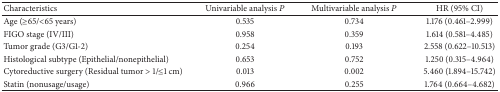
<table><thead><tr><td><b>Characteristics</b></td><td><b>Univariable analysis <i>P</i></b></td><td><b>Multivariable analysis <i>P</i></b></td><td><b>HR (95% CI)</b></td></tr></thead><tbody><tr><td>Age (≥65/&lt;65 years)</td><td>0.535</td><td>0.734</td><td>1.176 (0.461–2.999)</td></tr><tr><td>FIGO stage (IV/III)</td><td>0.958</td><td>0.359</td><td>1.614 (0.581–4.485)</td></tr><tr><td>Tumor grade (G3/G1-2)</td><td>0.254</td><td>0.193</td><td>2.558 (0.622–10.513)</td></tr><tr><td>Histological subtype (Epithelial/nonepithelial)</td><td>0.653</td><td>0.752</td><td>1.250 (0.315–4.964)</td></tr><tr><td>Cytoreductive surgery (Residual tumor &gt; 1/≤1 cm)</td><td>0.013</td><td>0.002</td><td>5.460 (1.894–15.742)</td></tr><tr><td>Statin (nonusage/usage)</td><td>0.966</td><td>0.255</td><td>1.764 (0.664–4.682)</td></tr></tbody></table>